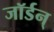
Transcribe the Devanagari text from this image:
जॉर्डन्